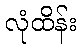
လုံထိန်း